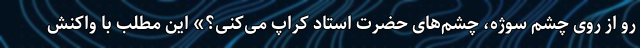
رو از روی چشم سوژه، چشم‌های حضرت استاد کراپ می‌کنی؟» این مطلب با واکنش